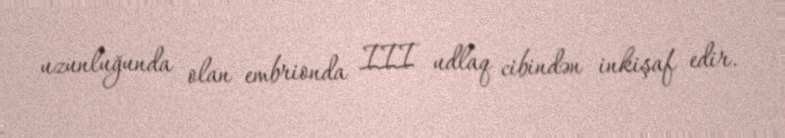
uzunluğunda olan embrionda III udlaq cibindən inkişaf edir.